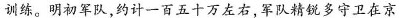
训练。明初军队，约计一百五十万左右，军队精锐多守卫在京